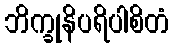
ဘိက္ခုနိပရိပါစိတံ